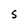
Character: S